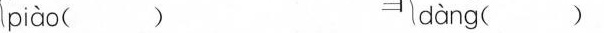
piào（） dàng（）